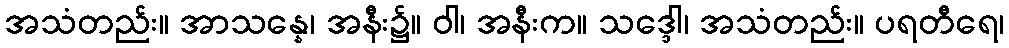
အသံတည်း။ အာသန္နေ၊ အနီး၌။ ဝါ၊ အနီးက။ သဒ္ဒေါ၊ အသံတည်း။ ပရတီရေ၊